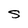
Character: S